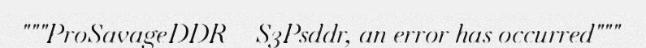
"""ProSavageDDR = S3Psddr, an error has occurred"""